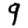
Digit: 9